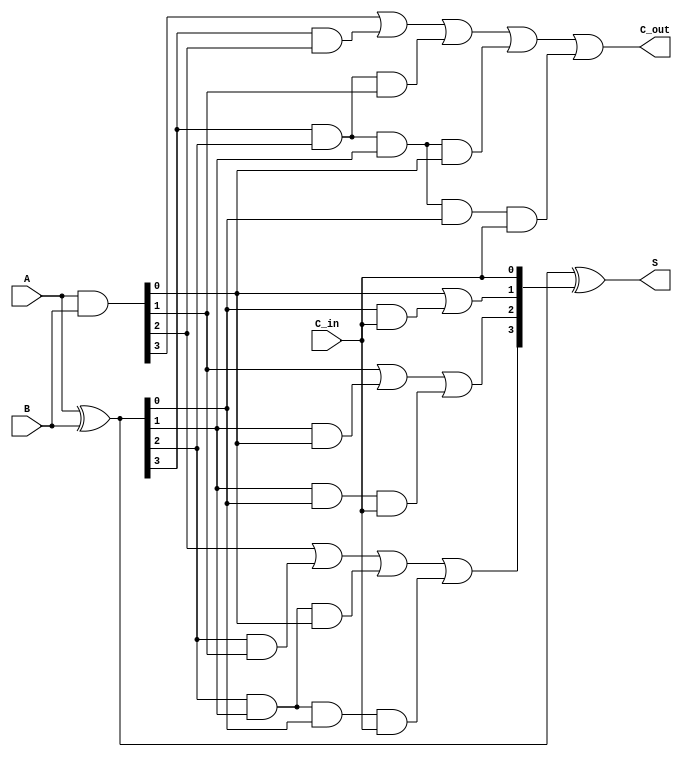
module CLA_4bit (
    input [3:0] A,
    input [3:0] B,
    input C_in,
    output [3:0] S,
    output C_out
);
    wire [3:0] G; // Generate signals
    wire [3:0] P; // Propagate signals
    wire [3:0] C; // Carry signals

    // Generate and Propagate
    assign G = A & B;          // Generate
    assign P = A ^ B;          // Propagate

    // Carry calculations
    assign C[0] = G[0] | (P[0] & C_in);
    assign C[1] = G[1] | (P[1] & G[0]) | (P[1] & P[0] & C_in);
    assign C[2] = G[2] | (P[2] & G[1]) | (P[2] & P[1] & G[0]) | (P[2] & P[1] & P[0] & C_in);
    assign C[3] = G[3] | (P[3] & G[2]) | (P[3] & P[2] & G[1]) | (P[3] & P[2] & P[1] & G[0]) | (P[3] & P[2] & P[1] & P[0] & C_in);

    // Sum calculation
    assign S = P ^ {C[2:0], C_in}; // S[i] = P[i] ^ C[i]

    // Carry out
    assign C_out = C[3];

endmodule